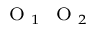
_ { { \mathrm { ~ \scriptsize ~ O ~ } } _ { 1 } { \mathrm { ~ \scriptsize ~ O ~ } } _ { 2 } }